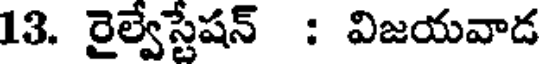
13. రైల్వేస్టేషన్ : విజయవాడ